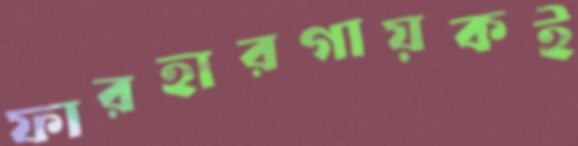
ফারহারগায়কই